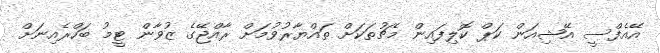
އޭއެފްސީ އޭޝިއަން ކަޕް ކޮލިފައިން މެޗުތަކަށް ތައްޔާރުވުމަށް ރާއްޖޭގެ ޒުވާން ޓީމު ބަހްރެއިނަށް